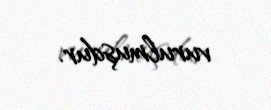
vurulmuşdur.